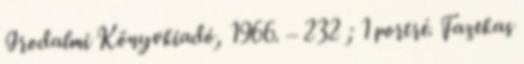
Irodalmi Könyvkiadó, 1966. – 232 ; 1 portré. Fazekas